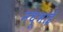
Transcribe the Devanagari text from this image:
नथूभाई